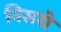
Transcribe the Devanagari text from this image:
निसरो